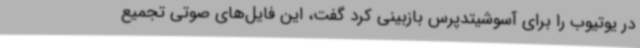
در یوتیوب را برای آسوشیتدپرس بازبینی کرد گفت، این فایل‌های صوتی تجمیع